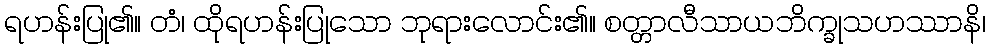
ရဟန်းပြု၏။ တံ၊ ထိုရဟန်းပြုသော ဘုရားလောင်း၏။ စတ္တာလီသာယဘိက္ခုသဟဿာနိ၊